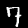
Label: 7